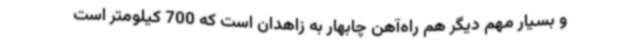
و بسیار مهم دیگر هم راه‌آهن چابهار به زاهدان است که 700 کیلومتر است